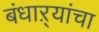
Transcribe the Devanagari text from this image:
बंधाऱ्यांचा